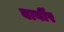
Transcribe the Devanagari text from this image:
बार्बीर